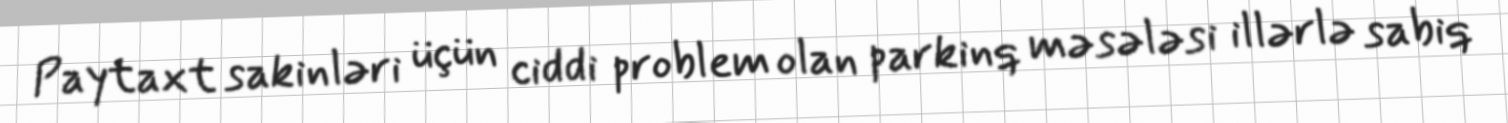
Paytaxt sakinləri üçün ciddi problem olan parkinq məsələsi illərlə sabiq